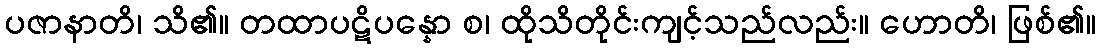
ပဇာနာတိ၊ သိ၏။ တထာပဋိပန္နော စ၊ ထိုသိတိုင်းကျင့်သည်လည်း။ ဟောတိ၊ ဖြစ်၏။